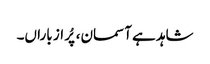
شاہد ہے آسمان، پُر از باراں۔